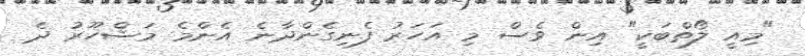
"މިއީ ލޯތްބަކީ" އިން ވެސް މި އަހަރު ފެނިގެންދާނެ އެންމެ މަޝްހޫރު ދެ